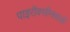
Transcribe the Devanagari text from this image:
पाइरॉक्सीनवाली